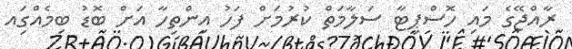
ރާއްޖޭގެ މައި ހޮސްޕިޓާ ސަލާމަތް ކުރުމަށް ފަހު އިންތިހާ އަށް ބޮޑު ބިމެއްގަިއ